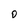
Character: 0